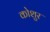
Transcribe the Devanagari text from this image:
कोशुर